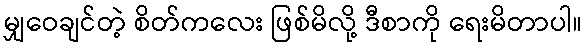
မျှဝေချင်တဲ့ စိတ်ကလေး ဖြစ်မိလို့ ဒီစာကို ရေးမိတာပါ။